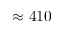
\approx 4 1 0